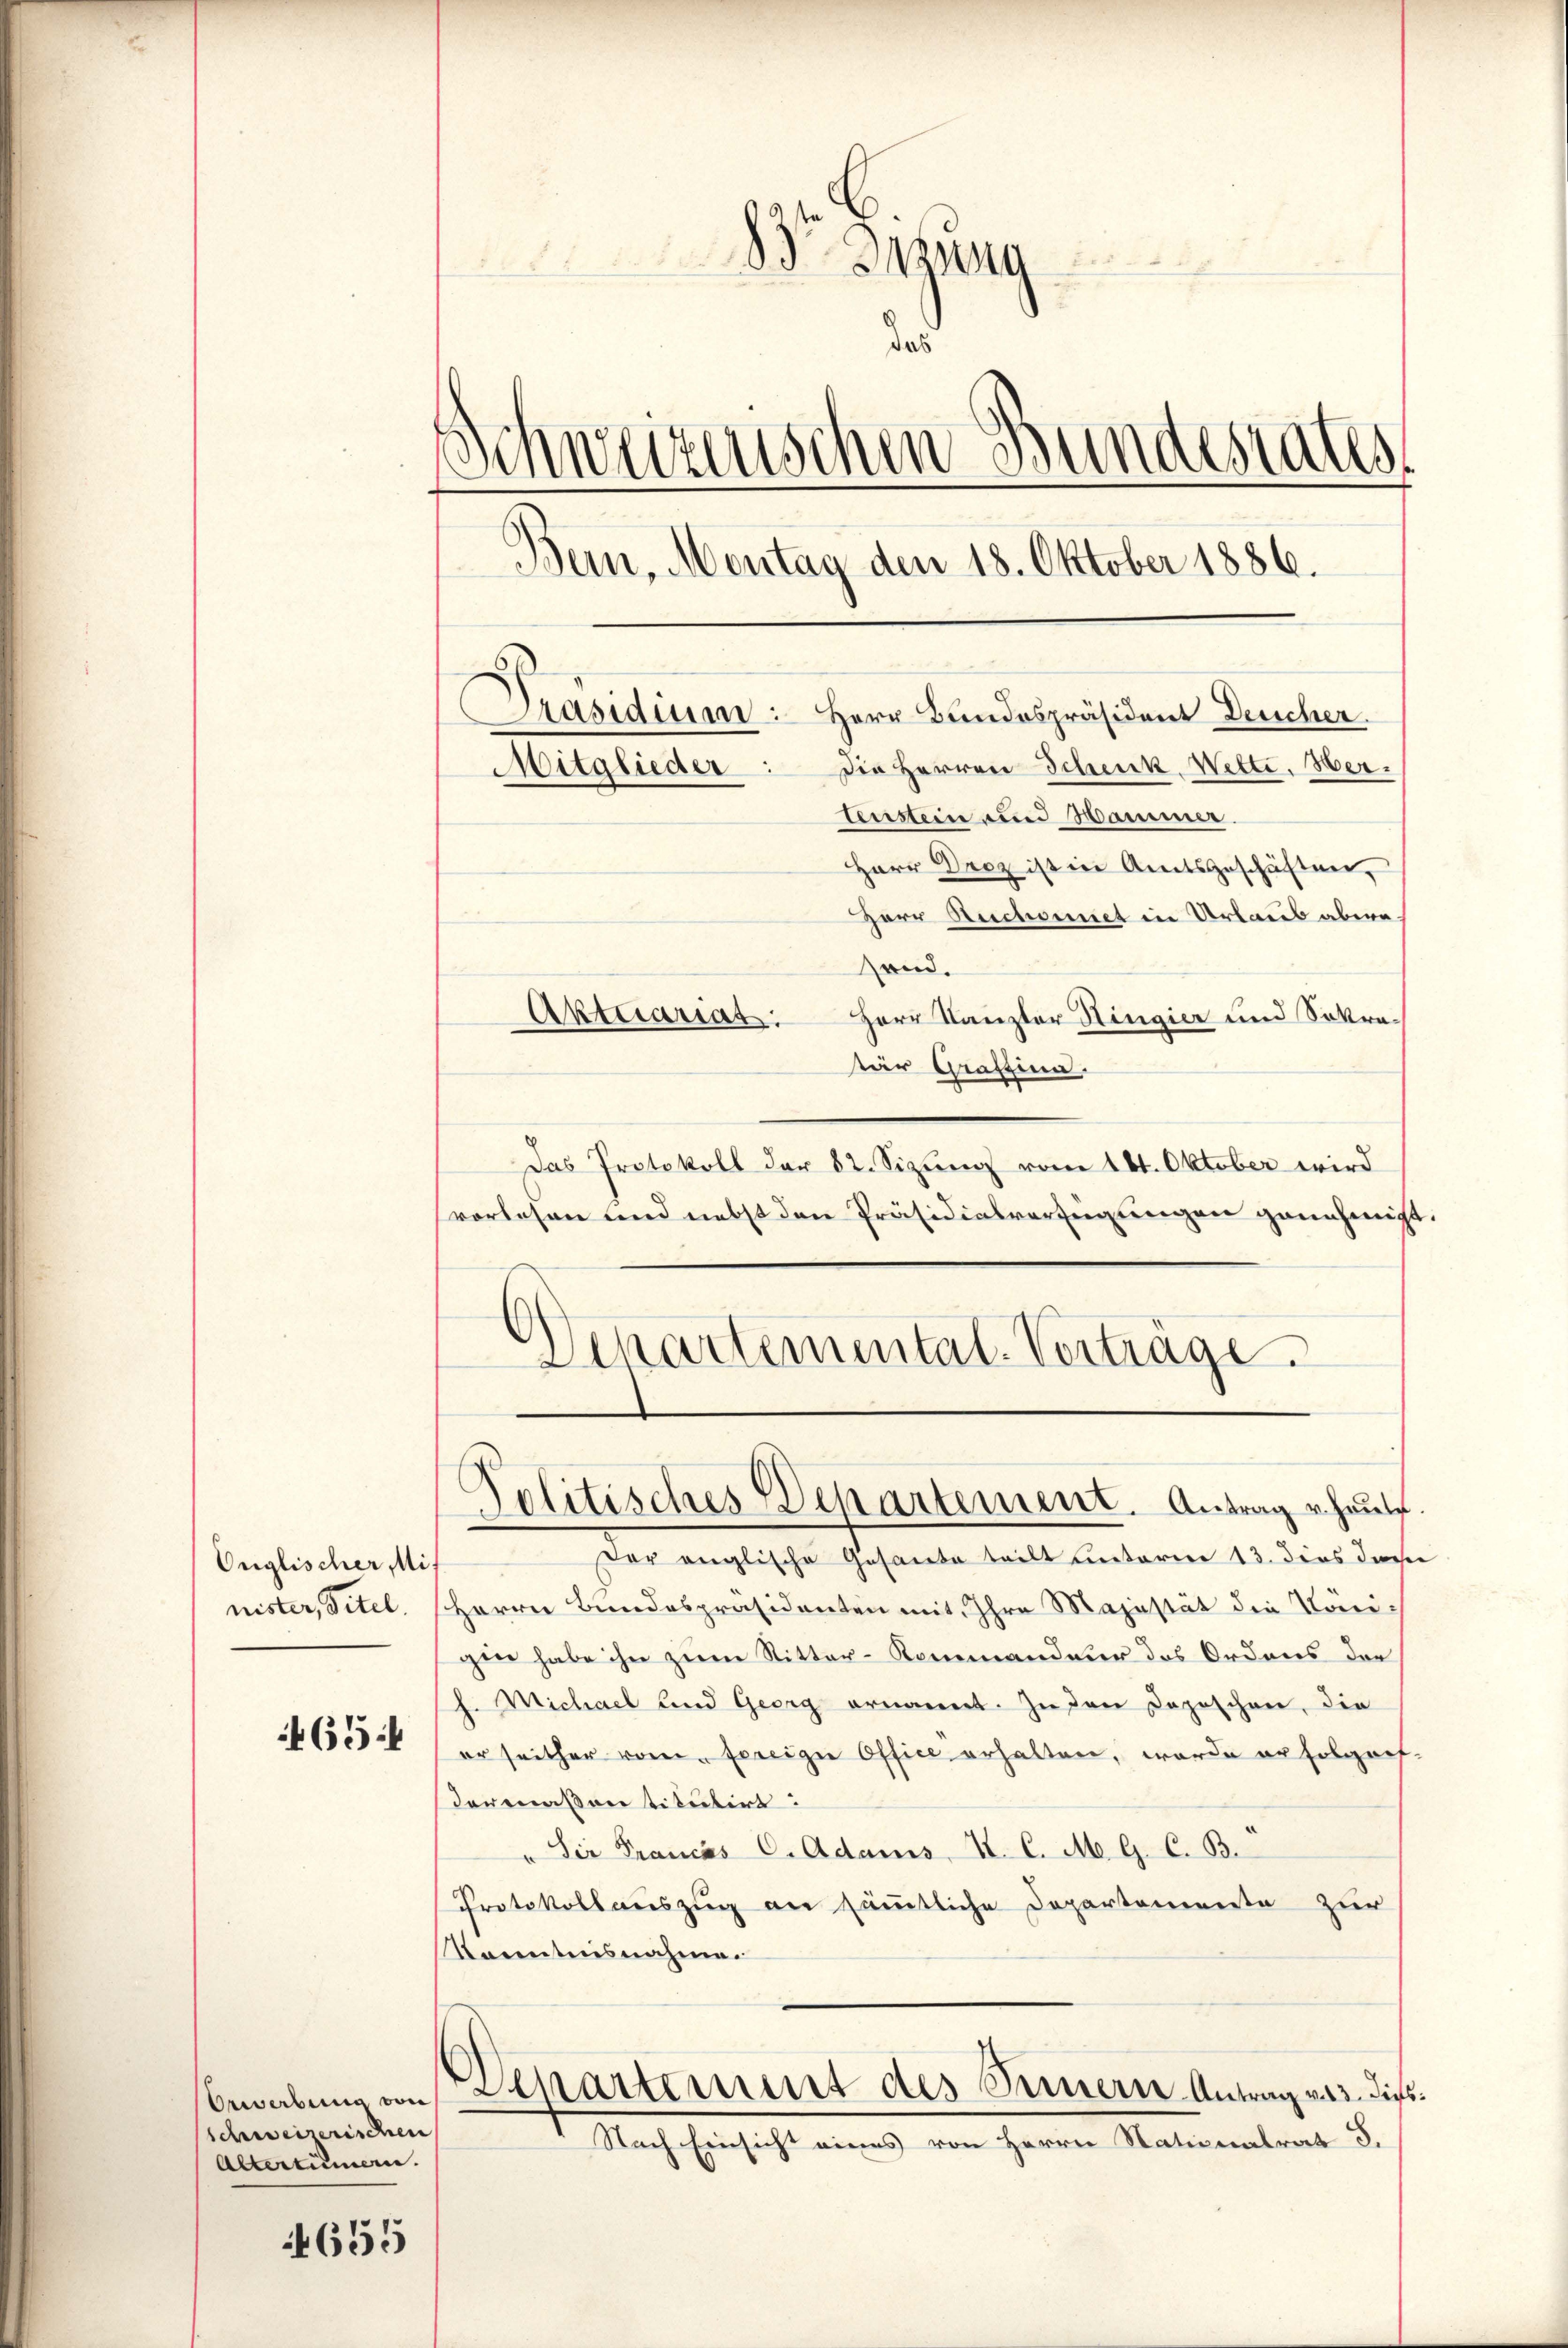
Onglischer Mis
nister, Titel.
465

schweizerischen
Altertümern.

4655

B tzung
das
Schweizerischen Bundesrates
¬
Bern, Montag den 18. Oktober 1886.
Präsidium: Herr Bundespräsident Deucher
Die Herren Schenk Wette. Her¬
Mitglieder
tenstein und Hammer.

Herr Droz ist in Amtsgeschäften,
Herr Rechsmiet in Urlaub abwesond.
Herr Kanzler Hingier und Sokratär Graffina
Das Protokoll der 82. Sizung vom 161. Oktober wird
vorlesen und nebst den Präsidialverfügungen genehmigt.
.
Departemental-Vorträge.

Aktuariat.

Politisches Departement. Antrag heute.

dor anglische Gesante teilt unterm 13. dies diese
Herrn Bundespräsidenten mit Ihre Majestät die Königin habe ihn zum Ritter-Kommandeur des Ordens der
h. Michael und Georg ernannt. Zu den Dopöschen, die
er seither vom fereige Office erhalten, worde er folgrifdermaßen titutirt:
" Sir Francás C. Adams, V. C. M. G. C. B.
Protokollauszug an sämtliche Departemente zur
Kanntnisnahmen
bewaben von Departement des Innern Antrag v. 13. dies¬
Nach Einsicht eines von Herrn Stationalrat J.